Emmaste_vallavalitsus, lk 10
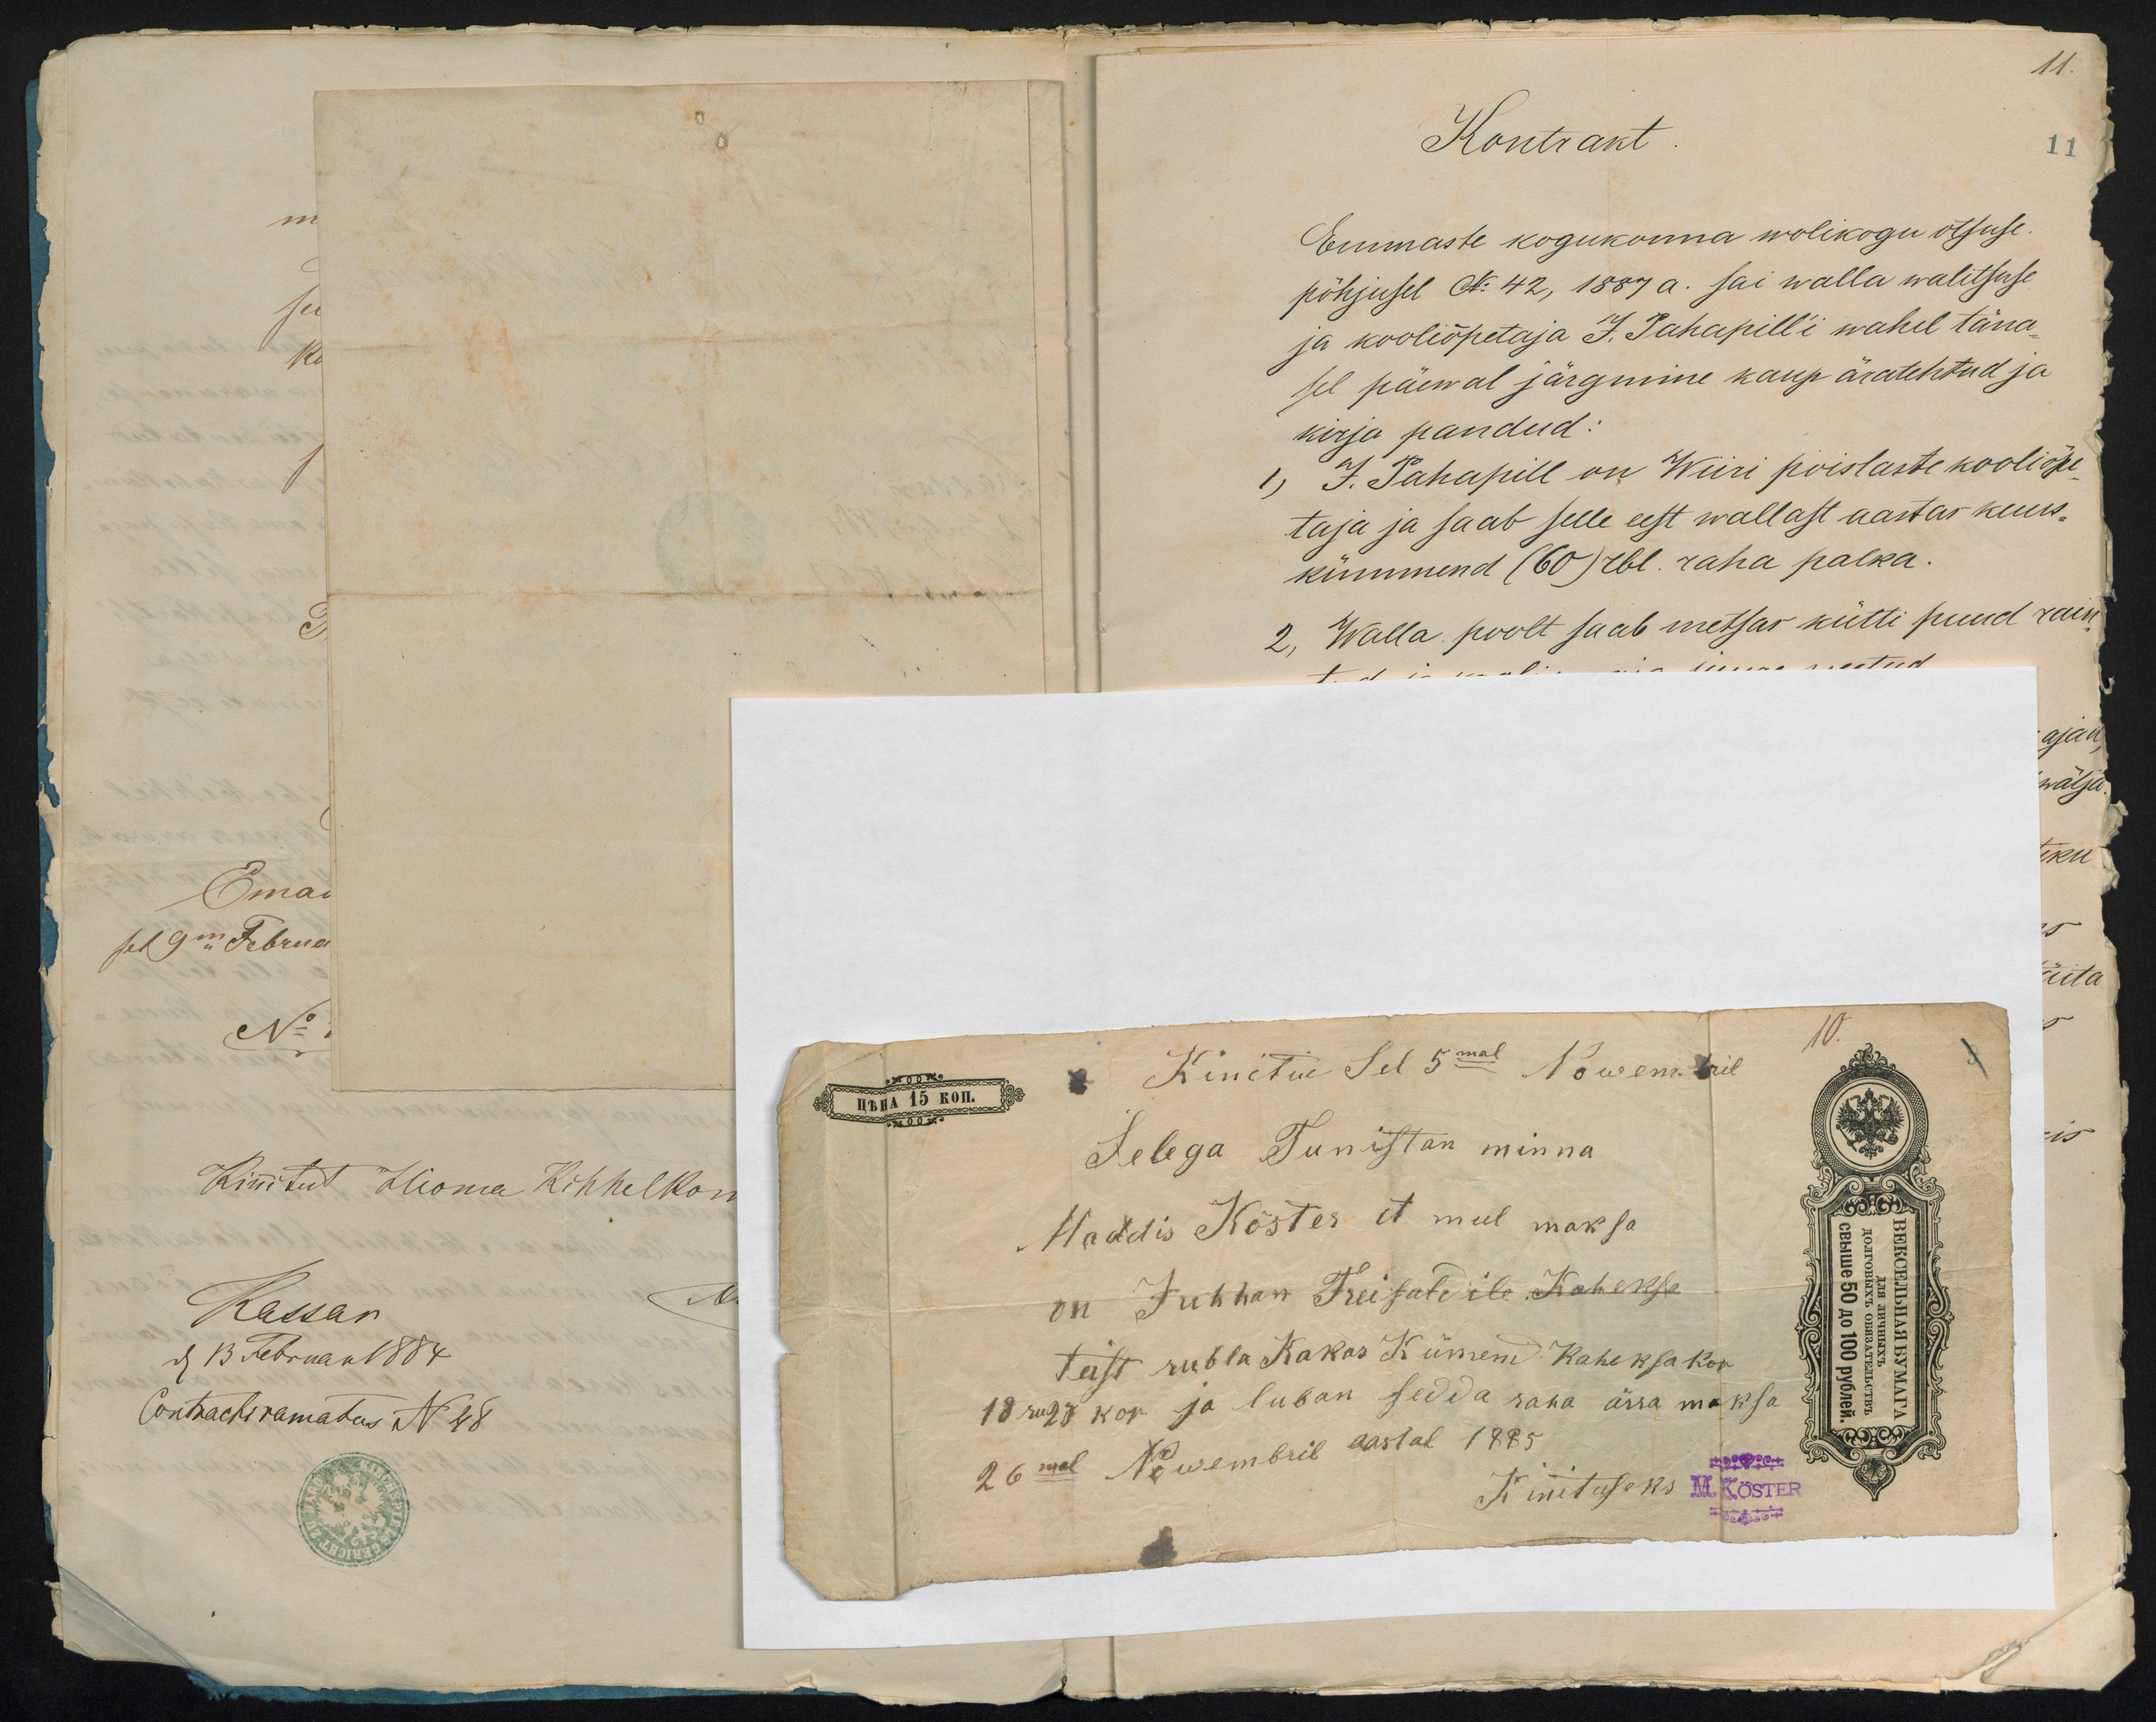
10.
Kinitud Sel 5mal Nowembril
Selega Tunistan minna
Maddis Köster, et mul maksa
on Juhhan Treisaldile Kaheksa
teist rubla Kakas Kümend Kaheksa kop
18 ru 28 kop ja luban sedda raha ärra maksa
26mal Nowembril aastal 1885
Kinnituseks
M. KÖSTER